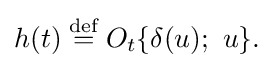
{\textstyle h(t)\mathrel {\stackrel {\text{def}}{=}} O_{t}\{\delta (u);\ u\}.}